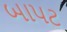
બાપટ